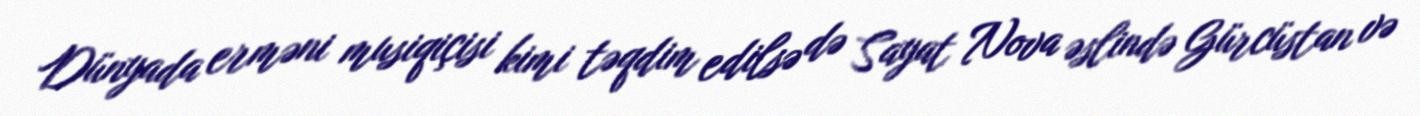
Dünyada erməni musiqiçisi kimi təqdim edilsə də Sayat Nova əslində Gürcüstan və